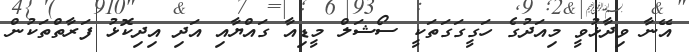
އޭނާ ވިދާޅުވީ މިއަދުގެ ހަގީގަގަތަކީ ސޯޝަލް މީޑިއާ ގައްޔާއި އަދި އިދިކޮޅު ފަރާތްތަކުން